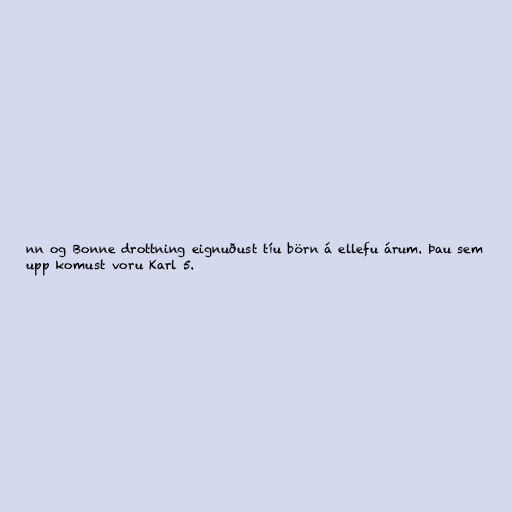
nn og Bonne drottning eignuðust tíu börn á ellefu árum. Þau sem
upp komust voru Karl 5.